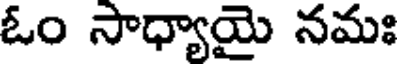
ఓం సాధ్యాయై నమః